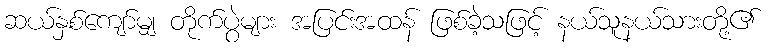
ဆယ်နှစ်ကျော်မျှ တိုက်ပွဲများ အပြင်းအထန် ဖြစ်ခဲ့သဖြင့် နယ်သူနယ်သားတို့၏